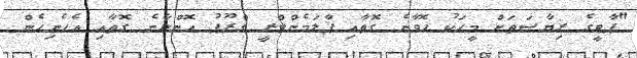
"ޕާޓީގެ ރިޔާސަތަށް މީހަކު ހޮވާނެ ގޮތާއި ޕާލަމެންޓްރީ ގްރޫޕު އޮންނާނެ ގޮތާއި އެހެނިހެން